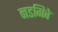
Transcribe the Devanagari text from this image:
नडगिवे